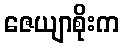
ဇေယျာစိုးက